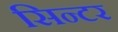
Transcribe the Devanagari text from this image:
सिन्टर